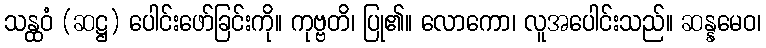
သန္ထဝံ (ဆဋ္ဌ) ပေါင်းဖော်ခြင်းကို။ ကုဗ္ဗတိ၊ ပြု၏။ လောကော၊ လူအပေါင်းသည်။ ဆန္နမေဝ၊